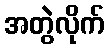
အတွဲလိုက်